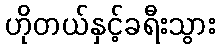
ဟိုတယ်နှင့်ခရီးသွား